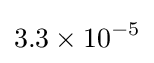
3.3\times 10^{-5}